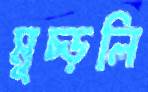
মুচ্‌ড়লি